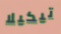
تيكيلا